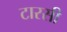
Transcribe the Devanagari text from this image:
टारसी